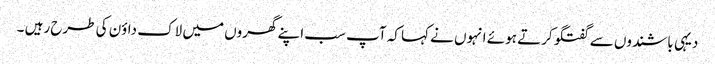
دیہی باشندوں سے گفتگو کرتے ہوئے انہوں نے کہا کہ آپ سب اپنے گھروں میں لاک داؤن کی طرح رہیں ۔